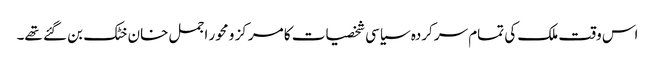
اس وقت ملک کی تمام سرکردہ سیاسی شخصیات کا مرکز و محور اجمل خان خٹک بن گئے تھے۔